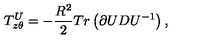
T _ { z \theta } ^ { U } = - \frac { R ^ { 2 } } { 2 } T r \left( \partial U D U ^ { - 1 } \right) ,